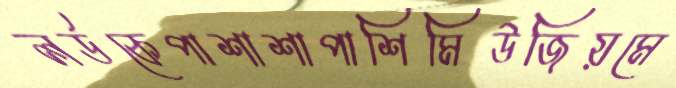
লর্ডকেপাশাশাপাশিমিউজিয়মে